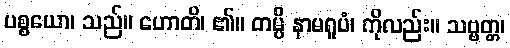
ပစ္စယော၊ သည်။ ဟောတိ၊ ၏။ တမ္ပိ နာမရူပံ၊ ကိုလည်း။ သဗ္ဗတ္တ၊